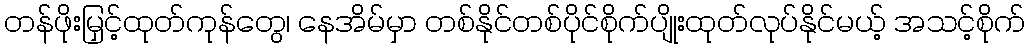
တန်ဖိုးမြှင့်ထုတ်ကုန်တွေ၊ နေအိမ်မှာ တစ်နိုင်တစ်ပိုင်စိုက်ပျိုးထုတ်လုပ်နိုင်မယ့် အသင့်စိုက်